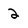
Character: 2